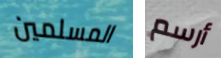
المسلمين أرسم